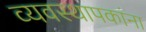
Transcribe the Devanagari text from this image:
व्यवस्थापकांना